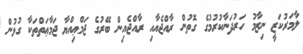
ލާމަރުކަޒީ ނިޒާމު ހަރުދަނާކުރުމުގެ ގޮތުން ރާއްޖެއާއި ރާއްޖެއިން ބޭރުގެ ޖަމްޢިއްޔާ ޖަމާޢަތްތަކާ ގުޅުން